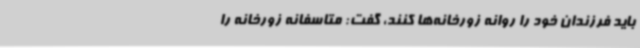
باید فرزندان خود را روانه زورخانه‌ها کنند، گفت: متاسفانه زورخانه را